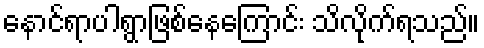
နောင်ရာပါရွာဖြစ်နေကြောင်း သိလိုက်ရသည်။